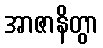
အာဇာနိတွာ